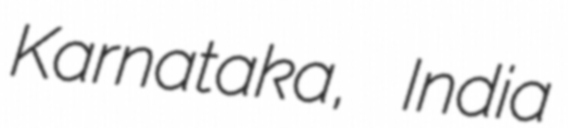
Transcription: Karnataka, India